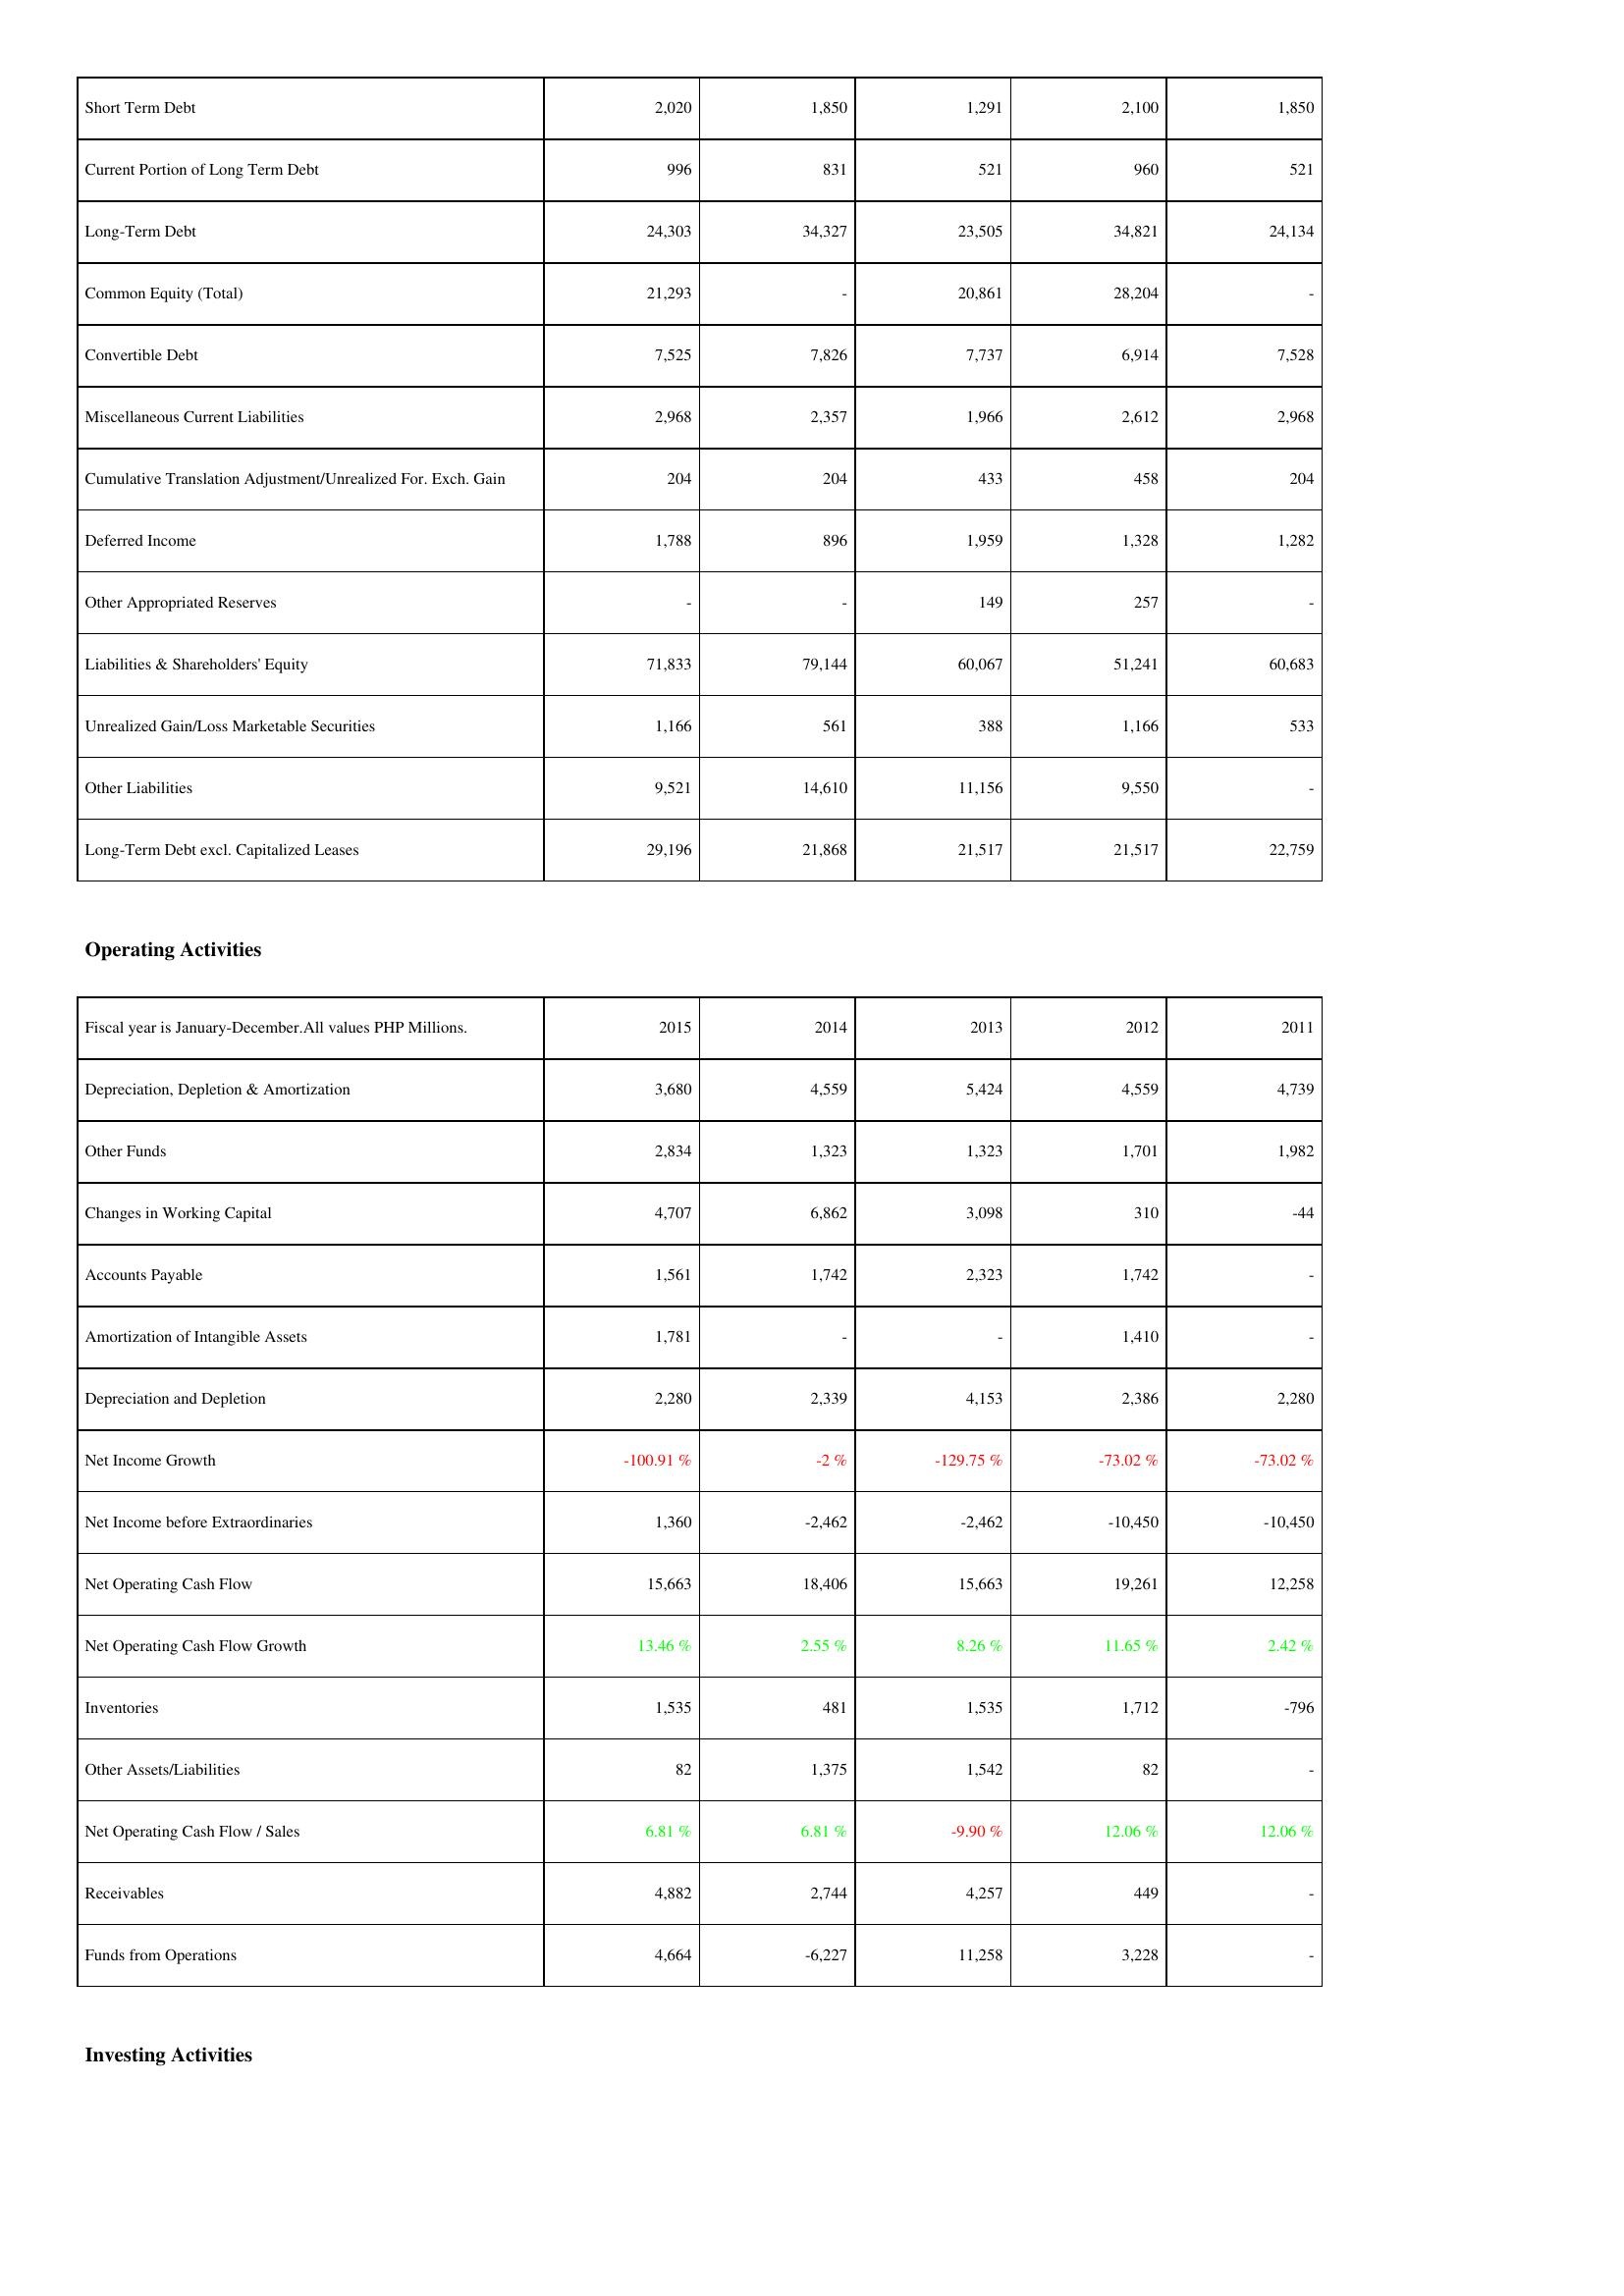
2015: Liabilities & Shareholders' Equity: Short Term Debt: 2,020
Current Portion of Long Term Debt: 996
Long-Term Debt: 24,303
Common Equity (Total): 21,293
Convertible Debt: 7,525
Miscellaneous Current Liabilities: 2,968
Cumulative Translation Adjustment/Unrealized For. Exch. Gain: 204
Deferred Income: 1,788
Other Appropriated Reserves: -
Liabilities & Shareholders' Equity: 71,833
Unrealized Gain/Loss Marketable Securities: 1,166
Other Liabilities: 9,521
Long-Term Debt excl. Capitalized Leases: 29,196
Operating Activities: Depreciation, Depletion & Amortization: 3,680
Other Funds: 2,834
Changes in Working Capital: 4,707
Accounts Payable: 1,561
Amortization of Intangible Assets: 1,781
Depreciation and Depletion: 2,280
Net Income Growth: -100.91 %
Net Income before Extraordinaries: 1,360
Net Operating Cash Flow: 15,663
Net Operating Cash Flow Growth: 13.46 %
Inventories: 1,535
Other Assets/Liabilities: 82
Net Operating Cash Flow / Sales: 6.81 %
Receivables: 4,882
Funds from Operations: 4,664
2014: Liabilities & Shareholders' Equity: Short Term Debt: 1,850
Current Portion of Long Term Debt: 831
Long-Term Debt: 34,327
Common Equity (Total): -
Convertible Debt: 7,826
Miscellaneous Current Liabilities: 2,357
Cumulative Translation Adjustment/Unrealized For. Exch. Gain: 204
Deferred Income: 896
Other Appropriated Reserves: -
Liabilities & Shareholders' Equity: 79,144
Unrealized Gain/Loss Marketable Securities: 561
Other Liabilities: 14,610
Long-Term Debt excl. Capitalized Leases: 21,868
Operating Activities: Depreciation, Depletion & Amortization: 4,559
Other Funds: 1,323
Changes in Working Capital: 6,862
Accounts Payable: 1,742
Amortization of Intangible Assets: -
Depreciation and Depletion: 2,339
Net Income Growth: -2 %
Net Income before Extraordinaries: -2,462
Net Operating Cash Flow: 18,406
Net Operating Cash Flow Growth: 2.55 %
Inventories: 481
Other Assets/Liabilities: 1,375
Net Operating Cash Flow / Sales: 6.81 %
Receivables: 2,744
Funds from Operations: -6,227
2013: Liabilities & Shareholders' Equity: Short Term Debt: 1,291
Current Portion of Long Term Debt: 521
Long-Term Debt: 23,505
Common Equity (Total): 20,861
Convertible Debt: 7,737
Miscellaneous Current Liabilities: 1,966
Cumulative Translation Adjustment/Unrealized For. Exch. Gain: 433
Deferred Income: 1,959
Other Appropriated Reserves: 149
Liabilities & Shareholders' Equity: 60,067
Unrealized Gain/Loss Marketable Securities: 388
Other Liabilities: 11,156
Long-Term Debt excl. Capitalized Leases: 21,517
Operating Activities: Depreciation, Depletion & Amortization: 5,424
Other Funds: 1,323
Changes in Working Capital: 3,098
Accounts Payable: 2,323
Amortization of Intangible Assets: -
Depreciation and Depletion: 4,153
Net Income Growth: -129.75 %
Net Income before Extraordinaries: -2,462
Net Operating Cash Flow: 15,663
Net Operating Cash Flow Growth: 8.26 %
Inventories: 1,535
Other Assets/Liabilities: 1,542
Net Operating Cash Flow / Sales: -9.90 %
Receivables: 4,257
Funds from Operations: 11,258
2012: Liabilities & Shareholders' Equity: Short Term Debt: 2,100
Current Portion of Long Term Debt: 960
Long-Term Debt: 34,821
Common Equity (Total): 28,204
Convertible Debt: 6,914
Miscellaneous Current Liabilities: 2,612
Cumulative Translation Adjustment/Unrealized For. Exch. Gain: 458
Deferred Income: 1,328
Other Appropriated Reserves: 257
Liabilities & Shareholders' Equity: 51,241
Unrealized Gain/Loss Marketable Securities: 1,166
Other Liabilities: 9,550
Long-Term Debt excl. Capitalized Leases: 21,517
Operating Activities: Depreciation, Depletion & Amortization: 4,559
Other Funds: 1,701
Changes in Working Capital: 310
Accounts Payable: 1,742
Amortization of Intangible Assets: 1,410
Depreciation and Depletion: 2,386
Net Income Growth: -73.02 %
Net Income before Extraordinaries: -10,450
Net Operating Cash Flow: 19,261
Net Operating Cash Flow Growth: 11.65 %
Inventories: 1,712
Other Assets/Liabilities: 82
Net Operating Cash Flow / Sales: 12.06 %
Receivables: 449
Funds from Operations: 3,228
2011: Liabilities & Shareholders' Equity: Short Term Debt: 1,850
Current Portion of Long Term Debt: 521
Long-Term Debt: 24,134
Common Equity (Total): -
Convertible Debt: 7,528
Miscellaneous Current Liabilities: 2,968
Cumulative Translation Adjustment/Unrealized For. Exch. Gain: 204
Deferred Income: 1,282
Other Appropriated Reserves: -
Liabilities & Shareholders' Equity: 60,683
Unrealized Gain/Loss Marketable Securities: 533
Other Liabilities: -
Long-Term Debt excl. Capitalized Leases: 22,759
Operating Activities: Depreciation, Depletion & Amortization: 4,739
Other Funds: 1,982
Changes in Working Capital: -44
Accounts Payable: -
Amortization of Intangible Assets: -
Depreciation and Depletion: 2,280
Net Income Growth: -73.02 %
Net Income before Extraordinaries: -10,450
Net Operating Cash Flow: 12,258
Net Operating Cash Flow Growth: 2.42 %
Inventories: -796
Other Assets/Liabilities: -
Net Operating Cash Flow / Sales: 12.06 %
Receivables: -
Funds from Operations: -